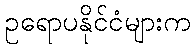
ဥရောပနိုင်ငံများက